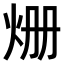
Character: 𤇒